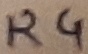
Text: R4